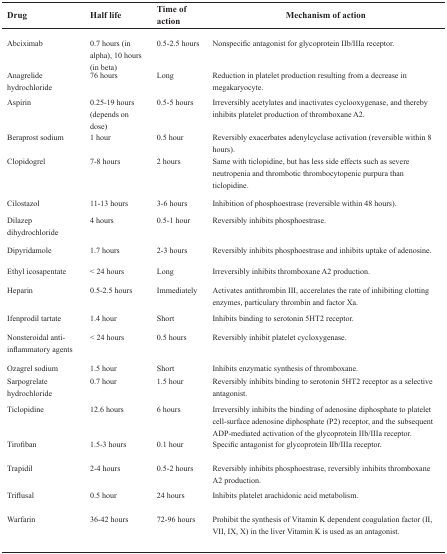
| Drug | Half life | Time of action | Mechanism of action |
 | --- | --- | --- | --- |
 | Abciximab | 0.7 hours (in alpha), 10 hours (in beta) | 0.5-2.5 hours | Nonspecific antagonist for glycoprotein IIb/IIIa receptor. |
 | Anagrelide hydrochloride | 76 hours | Long | Reduction in platelet production resulting from a decrease in megakaryocyte. |
 | Aspirin | 0.25-19 hours (depends on dose) | 0.5-5 hours | Irreversibly acetylates and inactivates cyclooxygenase, and thereby inhibits platelet production of thromboxane A2. |
 | Beraprost sodium | 1 hour | 0.5 hour | Reversibly exacerbates adenylcyclase activation (reversible within 8 hours). |
 | Clopidogrel | 7-8 hours | 2 hours | Same with ticlopidine, but has less side effects such as severe neutropenia and thrombotic thrombocytopenic purpura than ticlopidine. |
 | Cilostazol | 11-13 hours | 3-6 hours | Inhibition of phosphoestrase (reversible within 48 hours). |
 | Dilazep dihydrochloride | 4 hours | 0.5-1 hour | Reversibly inhibits phosphoestrase. |
 | Dipyridamole | 1.7 hours | 2-3 hours | Reversibly inhibits phosphoestrase and inhibits uptake of adenosine. |
 | Ethyl icosapentate | < 24 hours | Long | Irreversibly inhibits thromboxane A2 production. |
 | Heparin | 0.5-2.5 hours | Immediately | Activates antithrombin III, accerelates the rate of inhibiting clotting enzymes, particulary thrombin and factor Xa. |
 | Ifenprodil tartate | 1.4 hour | Short | Inhibits binding to serotonin 5HT2 receptor. |
 | Nonsteroidal anti-inflammatory agents | < 24 hours | 0.5 hours | Reversibly inhibit platelet cycloxygenase. |
 | Ozagrel sodium | 1.5 hour | Short | Inhibits enzymatic synthesis of thromboxane. |
 | Sarpogrelate hydrochloride | 0.7 hour | 1.5 hour | Reversibly inhibits binding to serotonin 5HT2 receptor as a selective antagonist. |
 | Ticlopidine | 12.6 hours | 6 hours | Irreversibly inhibits the binding of adenosine diphosphate to platelet cell-surface adenosine diphosphate (P2) receptor, and the subsequent ADP-mediated activation of the glycoprotein IIb/IIIa receptor. |
 | Tirofiban | 1.5-3 hours | 0.1 hour | Specific antagonist for glycoprotein IIb/IIIa receptor. |
 | Trapidil | 2-4 hours | 0.5-2 hours | Reversibly inhibits phosphoestrase, reversibly inhibits thromboxane A2 production. |
 | Triflusal | 0.5 hour | 24 hours | Inhibits platelet arachidonic acid metabolism. |
 | Warfarin | 36-42 hours | 72-96 hours | Prohibit the synthesis of Vitamin K dependent coagulation factor (II, VII, IX, X) in the liver Vitamin K is used as an antagonist. |